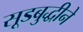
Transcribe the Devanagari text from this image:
सूडबुद्धीने